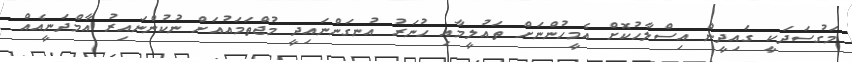
މަގުސަދަކީ ގައިދީން އިސްލާހުކޮށް އެމީހުންނަށް ތައުލީމާއި ހުނަރު އުނގަންނައިދީ މުޖްތަމައުއަށް ނުކުންނައިރު އާމްދަނީއެއް